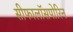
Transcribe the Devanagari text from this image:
सीफालॉसपोरिन